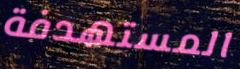
المستهدفة